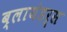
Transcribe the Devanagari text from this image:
ब्लायंडर्स